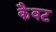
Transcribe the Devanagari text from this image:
कैवट